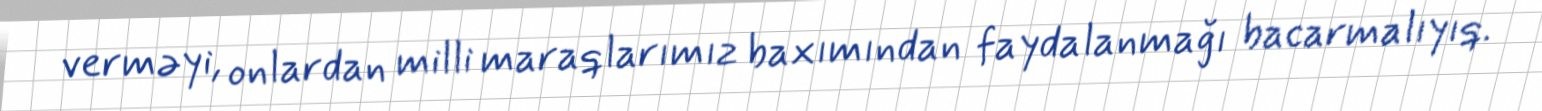
verməyi, onlardan milli maraqlarımız baxımından faydalanmağı bacarmalıyıq.